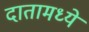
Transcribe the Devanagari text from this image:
दातामध्ये